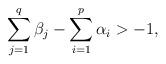
LaTeX: \begin{align*}\displaystyle\sum_{j=1}^{q}\beta _{j}-\displaystyle\sum_{i=1}^{p}\alpha_{i}>-1, \end{align*}